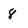
Character: 8